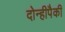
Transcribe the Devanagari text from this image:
दोन्हीपैकी